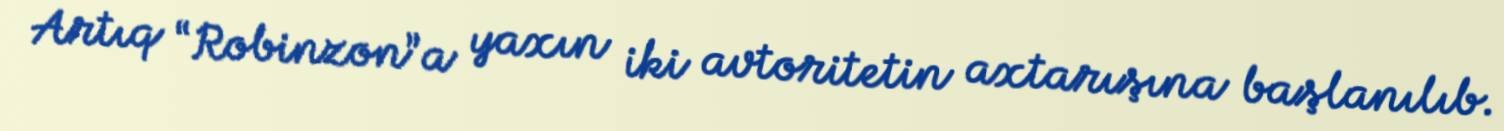
Artıq “Robinzon”a yaxın iki avtoritetin axtarışına başlanılıb.